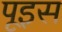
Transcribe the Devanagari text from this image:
पूइस